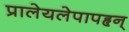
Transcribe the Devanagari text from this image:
प्रालेयलेपापहृन्